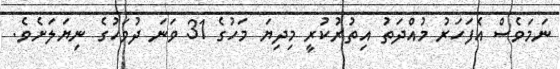
ނަމަވެސް އެފަހަރު މުއްދަތު އިތުރުކުރީ މިދިޔަ މަހުގެ 31 ވަނަ ދުވަހުގެ ނިޔަލަށެވެ.